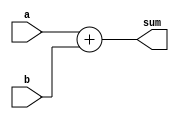
module ParameterizedDUT #(parameter DATA_WIDTH = 8) (
    input  wire [DATA_WIDTH-1:0] a,
    input  wire [DATA_WIDTH-1:0] b,
    output wire [DATA_WIDTH-1:0] sum
);
    assign sum = a + b; // Behavioral description of addition
endmodule